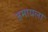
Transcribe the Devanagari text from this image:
जमायला